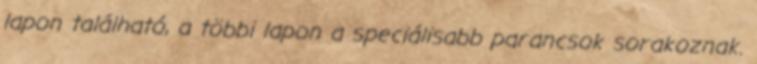
lapon található, a többi lapon a speciálisabb parancsok sorakoznak.